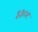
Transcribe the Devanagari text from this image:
३३०१